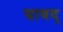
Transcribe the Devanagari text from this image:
यावद्